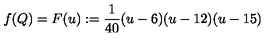
f ( Q ) = F ( u ) : = \frac { 1 } { 4 0 } ( u - 6 ) ( u - 1 2 ) ( u - 1 5 )